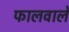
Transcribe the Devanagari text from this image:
फालवाले